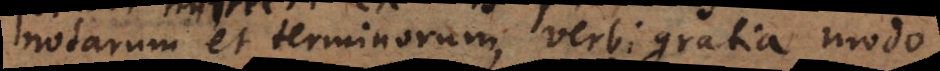
notarum et terminorum, verbi gratia modo